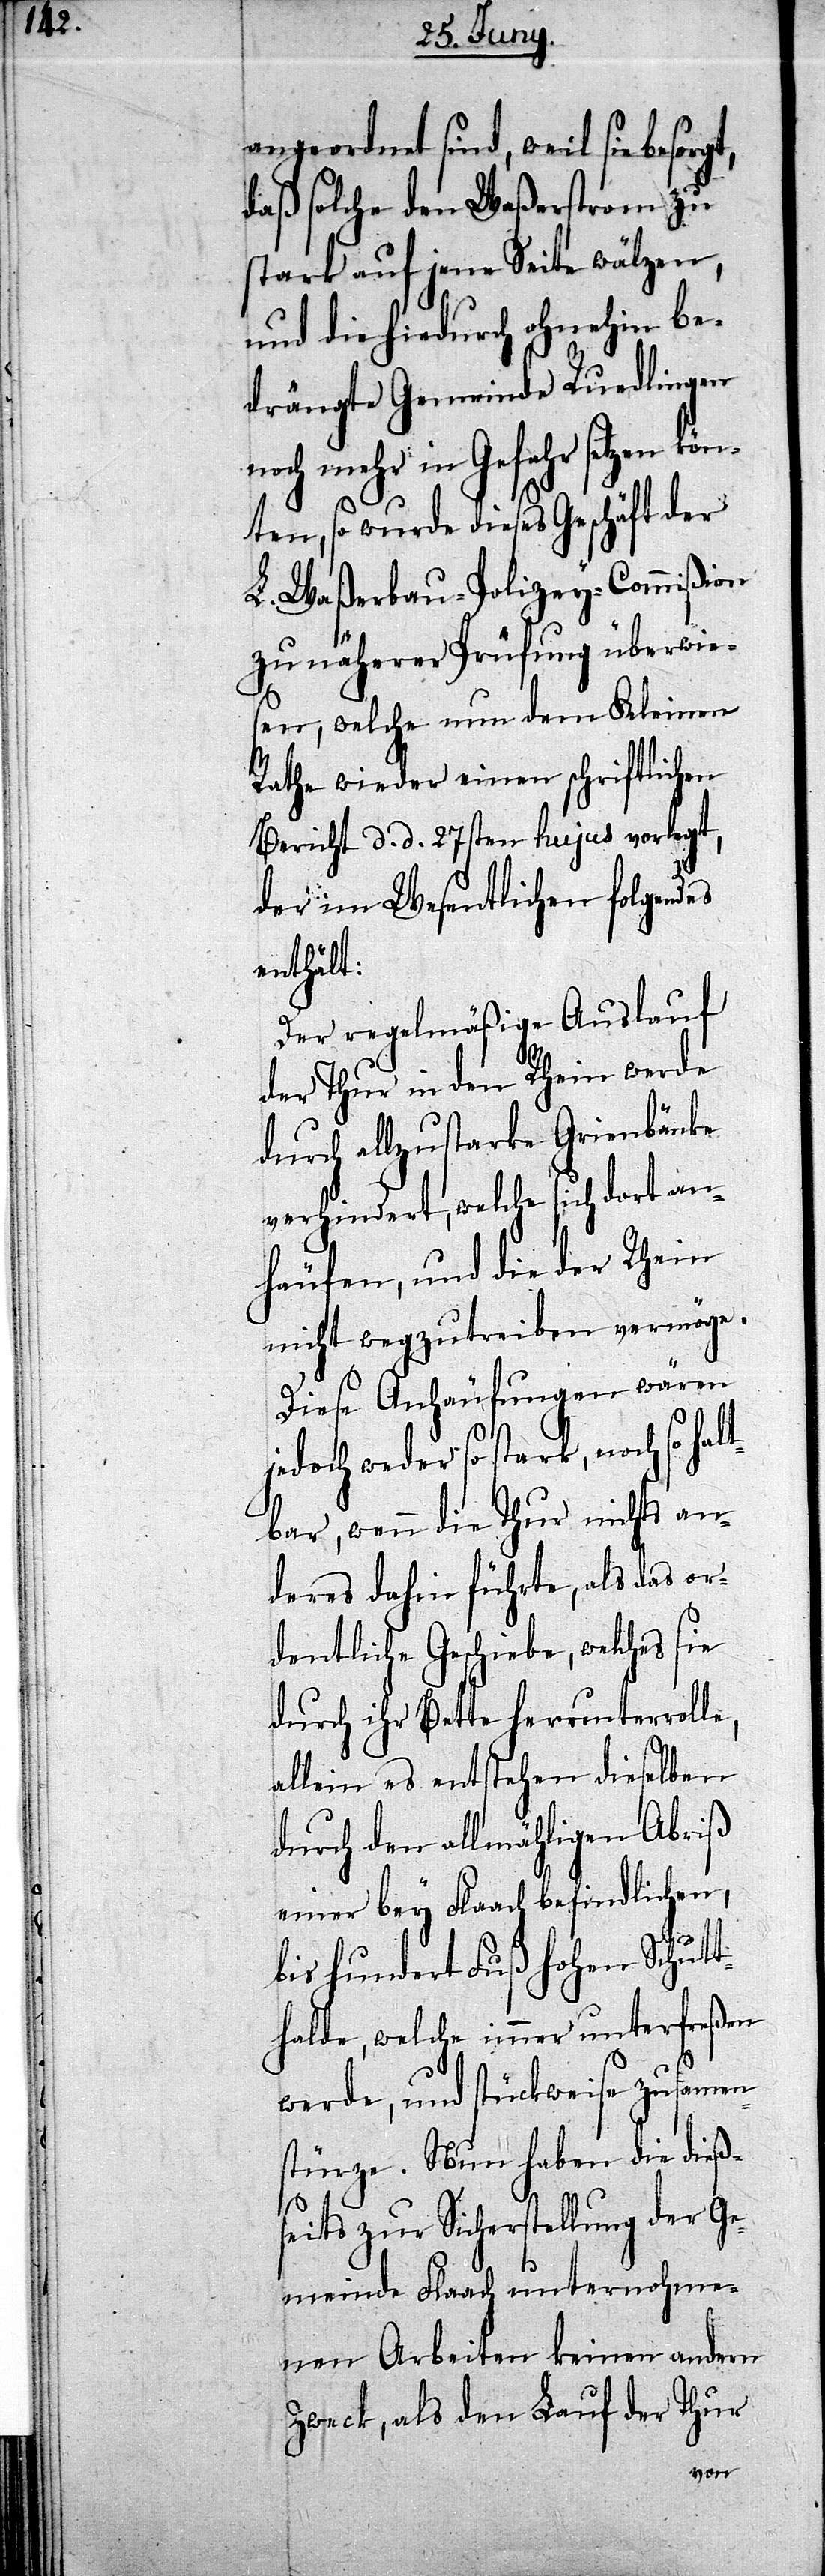
angeordnet sind, weil sie besorg¬
daß solche den Waßerstrom zu
stark auf jene Seite wälzen,
und die hiedurch ohnehin be¬
drängte Gemeinde Ruedlingen
noch mehr in Gefahr setzen kö¬
nten, so wurde dieses Geschäft der
L. Waßerbau-Polizey-Commißion
zu näherer Prüfung überwie¬
n¬
sen, welche nun dem Kleinen
Rathe wieder einen schriftlichen
Bericht d. d. 27sten hujus vorlegt,
der im Wesentlichen folgendes
enthält:
Der regelmäßige Auslauf
der Thur in den Rhein werde
durch allzustarke Grienbänke
verhindert, welche sich dort an¬
häufen, und die der Rhein
nicht wegzutreiben vermöge.
Diese Anhäufungen wären
jedoch weder so stark, noch so hal¬
tbar, wenn die Thur nichts an¬
deres dahin führte, als das or¬
dentliche Geschiebe, welches sie
durch ihr Bette herunterrolle,
allein es entstehen dieselben
durch den allmählichen Abriß
einer bey Flaach befindlichen,
bis hundert Fuß hohen Schutt¬
halde, welche immer unterfreßen
werde, und stückweise zusamen¬
stürze. Nun haben die dieß¬
seits zur Sicherstellung der Ge¬
meinde Flaach unternohme¬
nen Arbeiten keinen andern
Zweck, als den Lauf der Thur